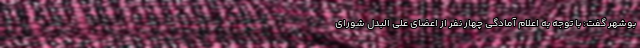
بوشهر گفت: با توجه به اعلام آمادگی چهار نفر از اعضای علی البدل شورای